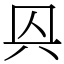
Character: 㒷